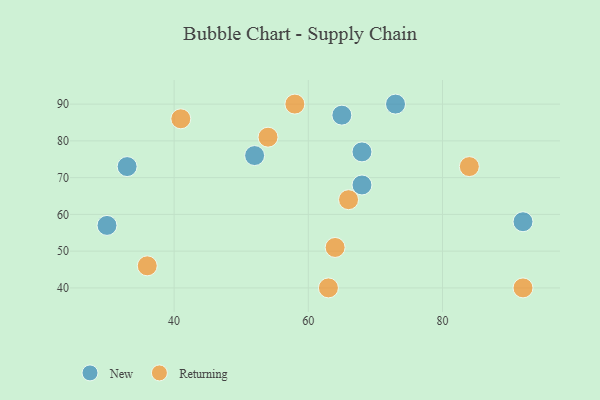
{"axis": {"x": "GDP", "y": "Life Expectancy"}, "legend": ["New", "Returning"], "data": [{"x": "73", "y": 90, "type": "New"}, {"x": "52", "y": 76, "type": "New"}, {"x": "33", "y": 73, "type": "New"}, {"x": "65", "y": 87, "type": "New"}, {"x": "30", "y": 57, "type": "New"}, {"x": "68", "y": 77, "type": "New"}, {"x": "68", "y": 68, "type": "New"}, {"x": "92", "y": 58, "type": "New"}, {"x": "58", "y": 90, "type": "Returning"}, {"x": "84", "y": 73, "type": "Returning"}, {"x": "66", "y": 64, "type": "Returning"}, {"x": "64", "y": 51, "type": "Returning"}, {"x": "41", "y": 86, "type": "Returning"}, {"x": "36", "y": 46, "type": "Returning"}, {"x": "63", "y": 40, "type": "Returning"}, {"x": "92", "y": 40, "type": "Returning"}, {"x": "54", "y": 81, "type": "Returning"}]}